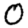
Digit: 0